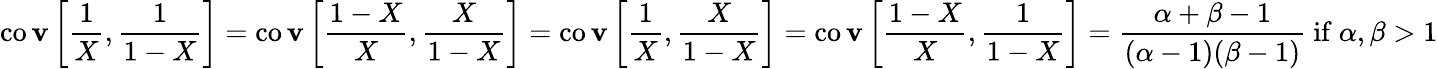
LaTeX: \operatorname{co\mathbf{v}}\left[{\frac{{1}}{{X}}},{\frac{{1}}{{1-X}}}\right]=\operatorname{co\mathbf{v}}\left[{\frac{{1-X}}{{X}}},{\frac{{X}}{{1-X}}}\right]=\operatorname{co\mathbf{v}}\left[{\frac{{1}}{{X}}},{\frac{{X}}{{1-X}}}\right]=\operatorname{co\mathbf{v}}\left[{\frac{{1-X}}{{X}}},{\frac{{1}}{{1-X}}}\right]={\frac{{\alpha+\beta-1}}{{(\alpha-1)(\beta-1)}}}{\mathrm{{~if~}}}\alpha,\beta>1